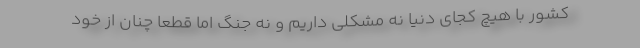
کشور با هیچ کجای دنیا نه مشکلی داریم و نه جنگ اما قطعا چنان از خود